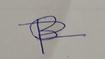
Signature authenticity: forged